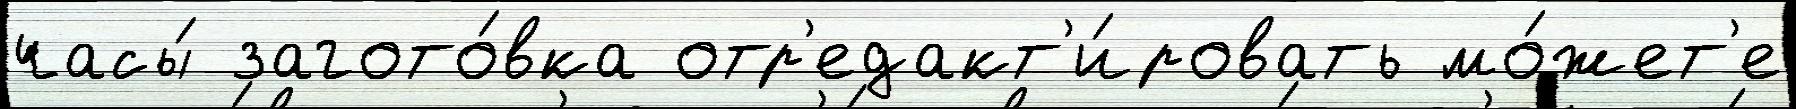
часы́ загото́вка отр'едакт'и́ровать мо́жет'е